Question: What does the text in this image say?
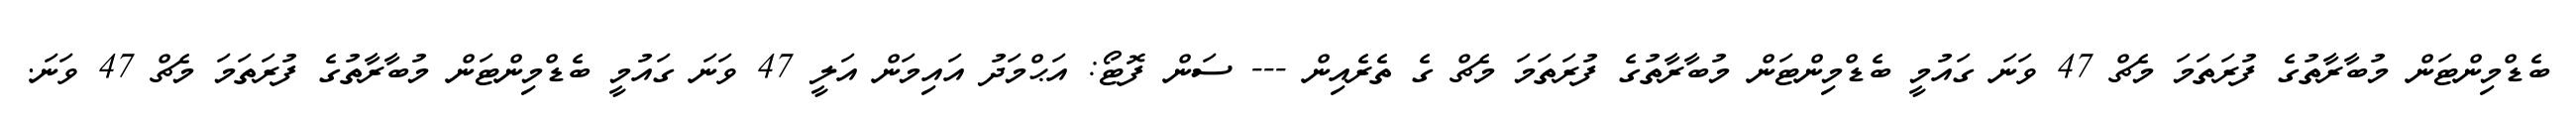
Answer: ބެޑްމިންޓަން މުބާރާތުގެ ފުރަތަމަ މެޗް 47 ވަނަ ގައުމީ ބެޑްމިންޓަން މުބާރާތުގެ ފުރަތަމަ މެޗް ގެ ތެރެއިން --- ސަން ފޮޓޯ: އަޙްމަދު އައިމަން އަލީ 47 ވަނަ ގައުމީ ބެޑްމިންޓަން މުބާރާތުގެ ފުރަތަމަ މެޗް 47 ވަނަ.